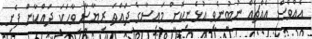
އެއްވެސް އެއްޗެއް ނުބުނެވި އުޅެނިކޮށް މައިސާގެ ދައްތަ ރިޔާސާ ވާހަކަ ދައްކާން ފެށި